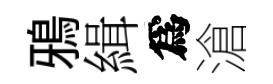
鴉緝爲滄